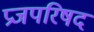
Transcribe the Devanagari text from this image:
प्रजपरिषद